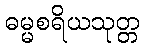
ဓမ္မစရိယသုတ္တ